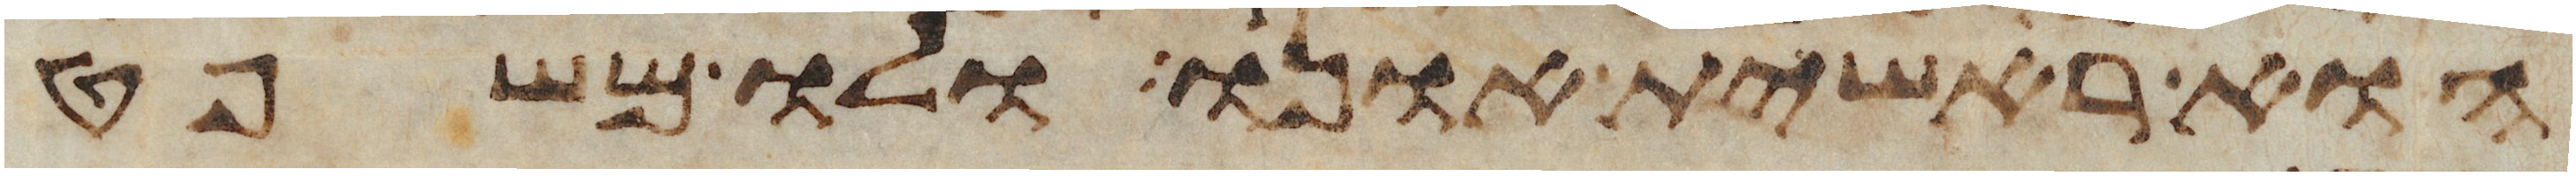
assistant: הוא ראשית אונו ולו משפט